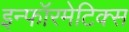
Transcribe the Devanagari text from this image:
इन्‍फॉरमेटिक्‍स